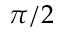
\pi / 2